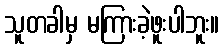
သူတခါမှ မကြားခဲ့ဖူးပါဘူး။